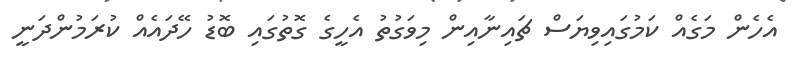
އެހެން މަގެއް ކަމުގައިވިޔަސް ޗައިނާއިން މިވަގުތު އެހީގެ ގޮތުގައި ބޮޑު ހޭދައެއް ކުރަމުންދަނީ